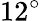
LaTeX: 12^{\circ}